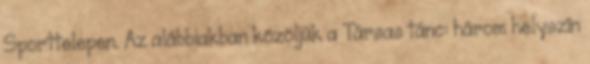
Sporttelepen. Az alábbiakban közöljük a Társas tánc: három helyszín